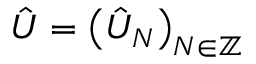
\hat { U } = \big ( \hat { U } _ { N } \big ) _ { N \in \mathbb { Z } }